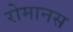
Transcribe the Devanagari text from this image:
रोमानस